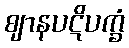
ဈာနပဋိပက္ခံ